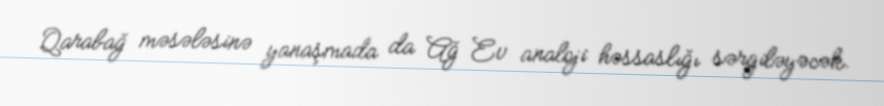
Qarabağ məsələsinə yanaşmada da Ağ Ev analoji həssaslığı sərgiləyəcək.